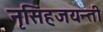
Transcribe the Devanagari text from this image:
नृसिंहजयन्ती